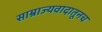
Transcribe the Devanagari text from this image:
साम्राज्यवादातूनच